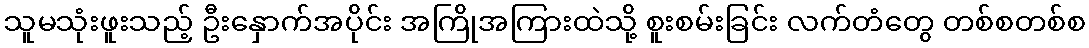
သူမသုံးဖူးသည့် ဦးနှောက်အပိုင်း အကြိုအကြားထဲသို့ စူးစမ်းခြင်း လက်တံတွေ တစ်စတစ်စ